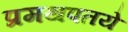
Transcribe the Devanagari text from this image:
प्रमथपतये